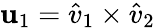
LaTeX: \mathbf{u}_{1}=\hat{v}_{1}\times\hat{v}_{2}